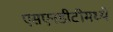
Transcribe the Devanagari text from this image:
एसएनडीटीमध्ये